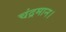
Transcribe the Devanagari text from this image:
चंद्रमान।